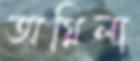
অগ্নিলা